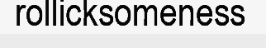
rollicksomeness